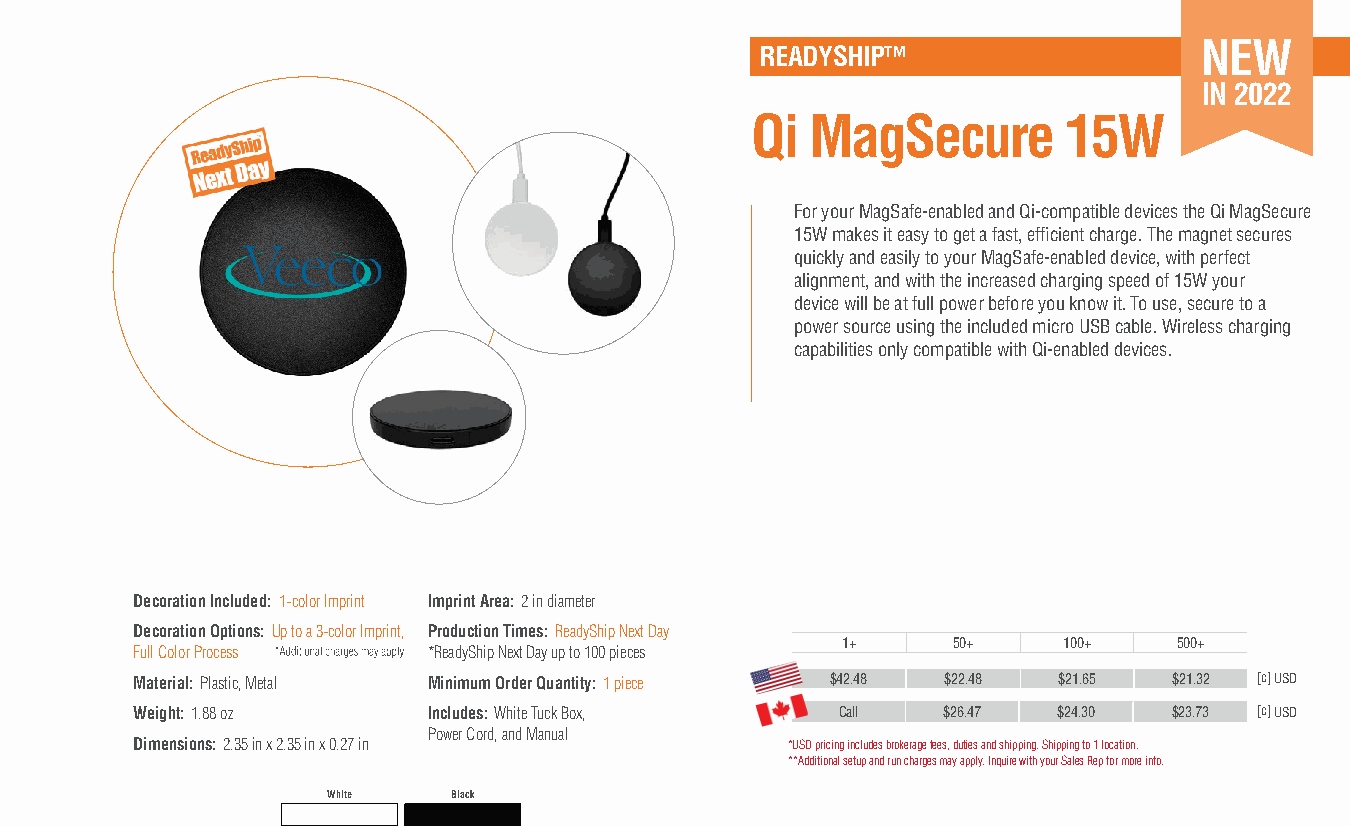
NEW
 READYSHIP™
 IN 2022
 Qi  MagSecure       15W
 For your MagSafe-enabled and Qi-compatible devices the Qi MagSecure
 15W makes it easy to get a fast, effi cient charge. The magnet secures
 quickly and easily to your MagSafe-enabled device, with perfect
 alignment, and with the increased charging speed of 15W your
 device will be at full power before you know it. To use, secure to a
 power source using the included micro USB cable. Wireless charging
 capabilities only compatible with Qi-enabled devices.
 Decoration Included: 1-color Imprint Imprint Area: 2 in diameter
 Decoration Options: Up to a 3-color Imprint, Production Times: ReadyShip Next Day
 1+     50+    100+    500+
 Full Color Process *ReadyShip Next Day up to 100 pieces
 Material: Plastic, Metal Minimum Order Quantity: 1 piece $42.48 $22.48 $21.65 $21.32 [c] USD
 Weight: 1.88 oz    Includes: White Tuck Box,   Call  $26.47  $24.30  $23.73 [c] USD
 Power Cord, and Manual
 Dimensions: 2.35 in x 2.35 in x 0.27 in    *USD pricing includes brokerage fees, duties and shipping. Shipping to 1 location.
 **Additional setup and run charges may apply. Inquire with your Sales Rep for more info.
 White   Black